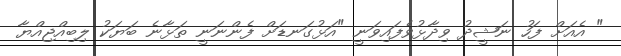
" އެއަށް ފަހު ނަޝީދު ވިދާޅުވެފައިވަނީ "އަޅުގަނޑަށް ފެންނަނީ ތަޅާނެ ބަޔަކު ލިބިއްޖިއްޔާ